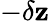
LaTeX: -\delta\mathbf{z}